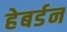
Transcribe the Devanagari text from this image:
हेबर्डन